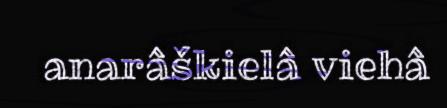
anarâškielâ viehâ